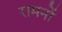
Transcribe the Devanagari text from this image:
रामनों